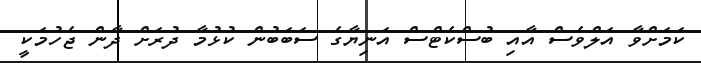
ކަމަށްވާ އަލްވެސް އާއި ބުސްކެޓްސް އަނިޔާގެ ސަބަބުން ކުޅުމާ ދުރަށް ދާން ޖެހުމަކީ